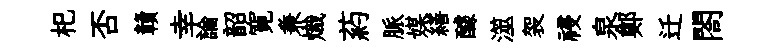
𣏌否贛幸論韶寛兼熾葯脈媒繕醵澨袈祲泉鄭迁閤